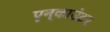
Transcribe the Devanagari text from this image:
एन्‌काउंटर